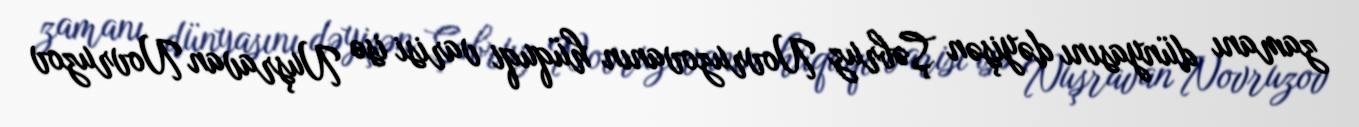
zamanı dünyasını dəyişən Şəbruz Novruzovanın hüquqi varisi isə Nuşravan Novruzov